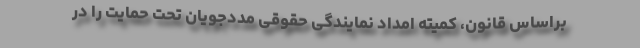
براساس قانون، کمیته امداد نمایندگی حقوقی مددجویان تحت حمایت را در